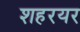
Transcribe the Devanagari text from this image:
शहरयर